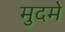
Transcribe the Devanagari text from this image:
मुदमे